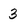
Character: 3